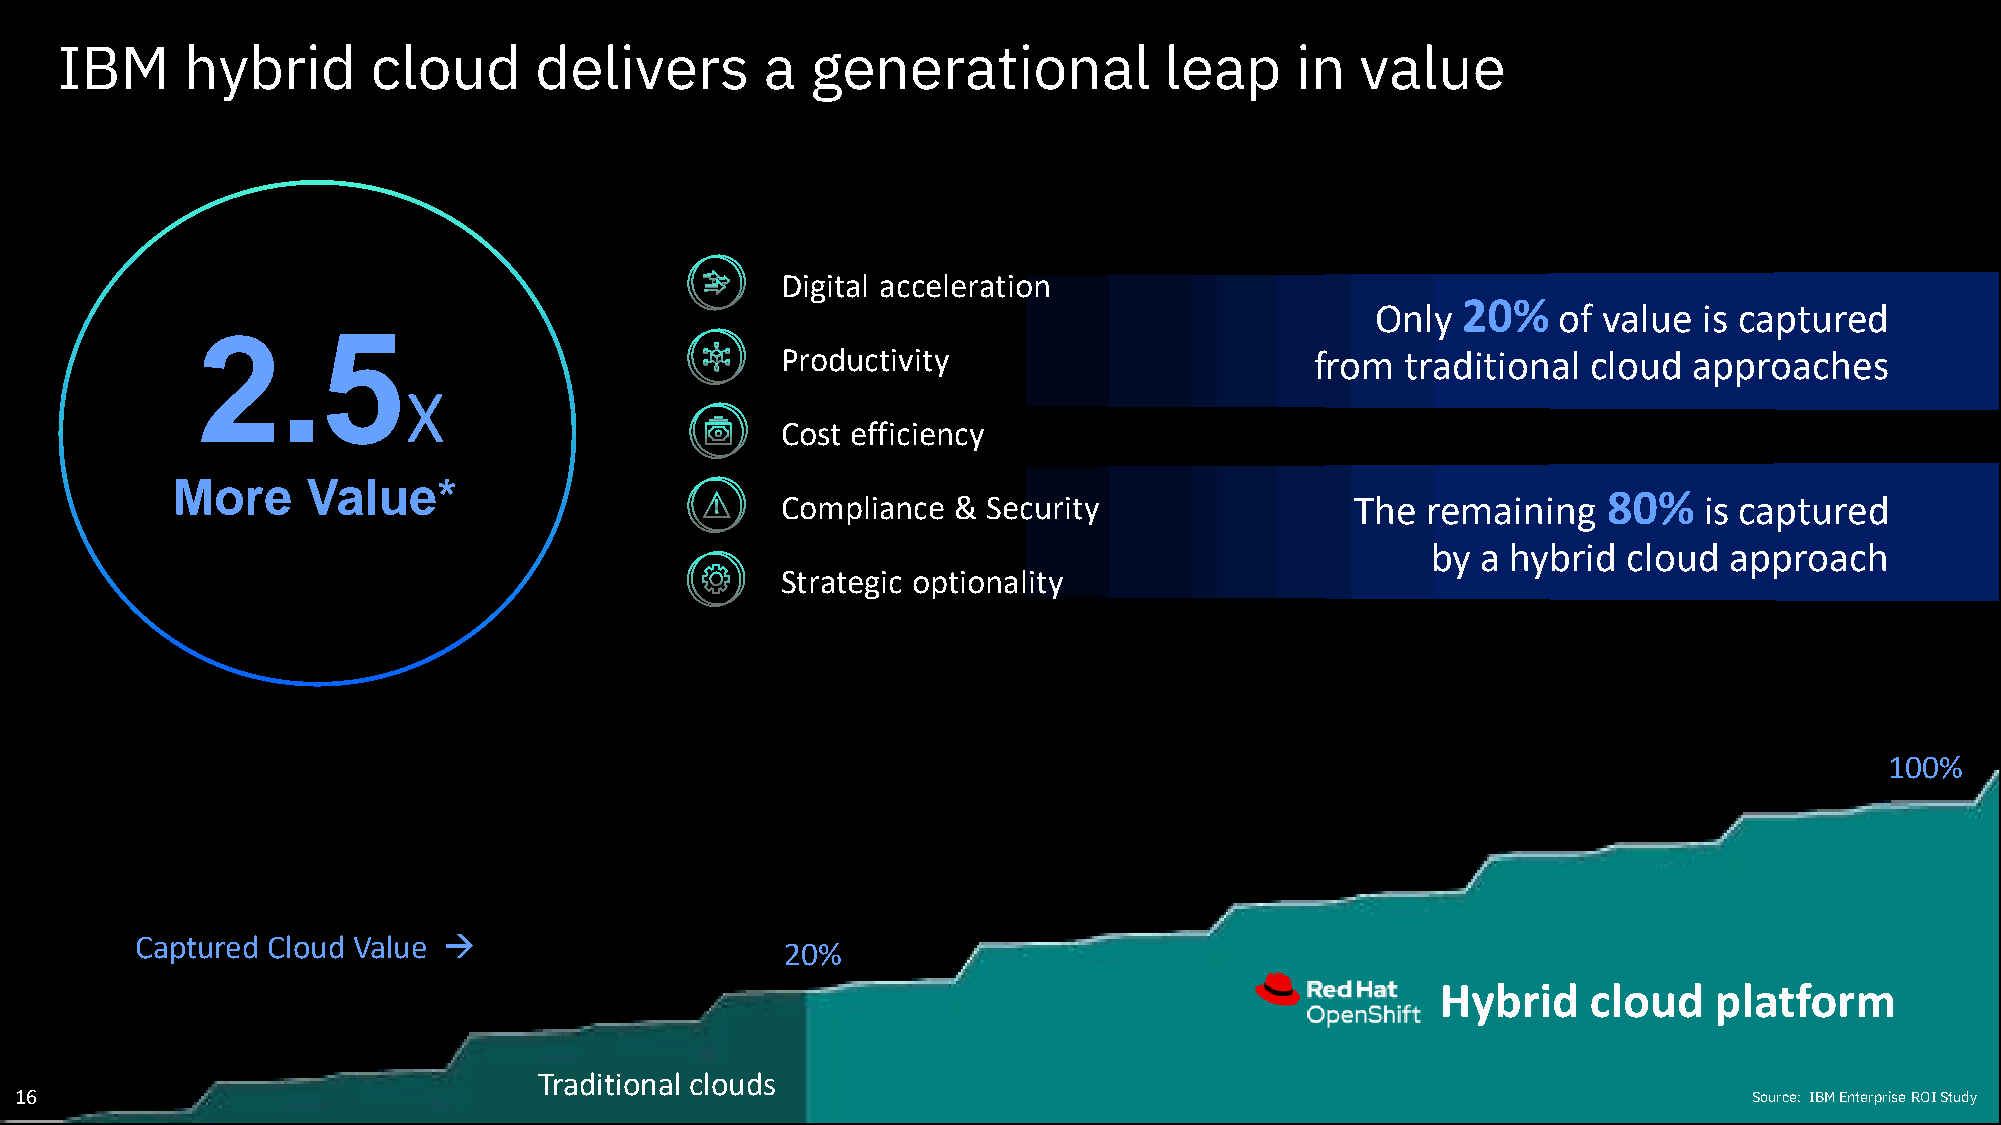
IBM     hybrid       cloud     delivers        a  generational           leap     in  value
 Digital acceleration
 20%
 Only        of value  is captured
 2.5
 Productivity                       from  traditional cloud  approaches
 X
 Cost efficiency
 More     Value*
 80%
 Compliance & Security                 The remaining          is captured
 by a hybrid  cloud approach
 Strategic optionality
 100%
 Captured Cloud Value →
 20%
 Hybrid    cloud   platform
 Traditional clouds
 16                                                                                                                 Source: IBM Enterprise ROI Study